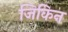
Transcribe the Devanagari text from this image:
जिकिन